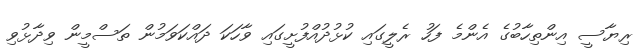
ރިޔާސީ އިންތިހާބުގެ އެންމެ ފަހު ރެލީގައި ކުޅުދުއްފުށީގައި ވާހަކަ ދައްކަވަމުން ތަސްމީން ވިދާޅުވި